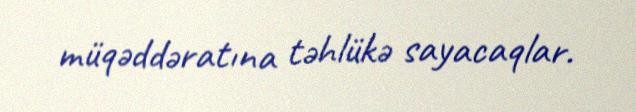
müqəddəratına təhlükə sayacaqlar.